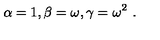
\alpha = 1 , \beta = \omega , \gamma = \omega ^ { 2 } \ .